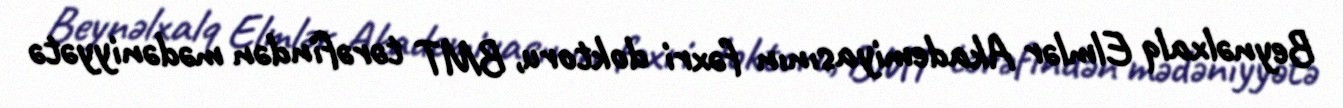
Beynəlxalq Elmlər Akademiyasının fəxri doktoru, BMT tərəfindən mədəniyyətə